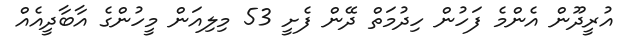
އުރީދޫން އެންމެ ފަހުން ހިދުމަތް ދޭން ފެށީ 53 މިލިއަން މީހުންގެ އާބާދީއެއް